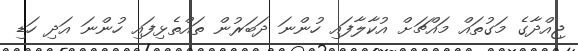
ޖިއްދާގެ މަގުތައް މައްޗަށް އުކާލާފައި ހުންނަ ދަބަރުން ތައްތެޅިފައި ހުންނަ އަދި ހަޑި